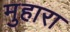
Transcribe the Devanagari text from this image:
मुहारा